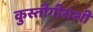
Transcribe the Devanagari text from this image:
कुस्तीगीराशी